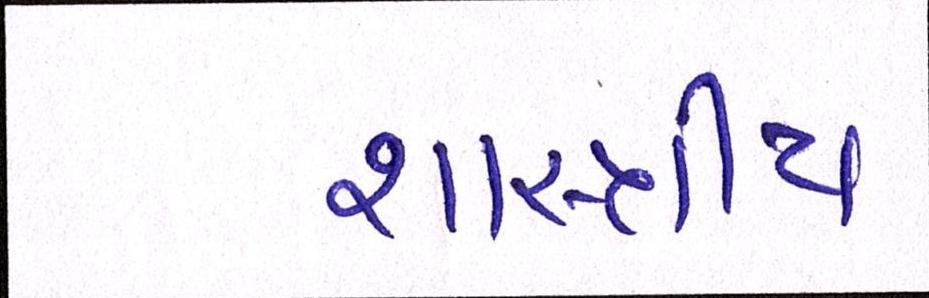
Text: શાસ્ત્રીય